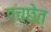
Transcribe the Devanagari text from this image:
गच्छेत्‌